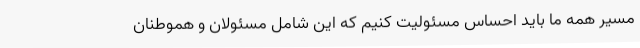
مسیر همه ما باید احساس مسئولیت کنیم که این شامل مسئولان و هموطنان